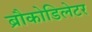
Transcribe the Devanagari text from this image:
ब्रौकोडिलेटर